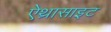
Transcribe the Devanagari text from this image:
ऐथ्रासाइट